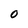
Character: 0